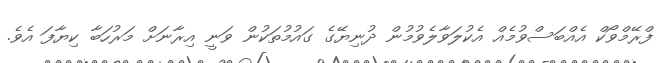
ފްރޭމްވޯކް އެއްބަސްވުމެއް އެކުލަވާލެވުމުން ދުނިޔޭގެ ގައުމުތަކުން ވަނީ އިރާނަށް މަރުހަބާ ކިޔާފަ އެވެ.